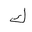
Letter: _kaf